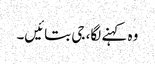
وہ کہنے لگا، جی بتائیں۔